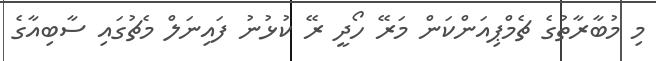
މި މުބާރާތުގެ ޗެމްޕިއަންކަން މަރޭ ހޯދީ ރޭ ކުޅުނު ފައިނަލް މެޗުގައި ސާބިއާގެ